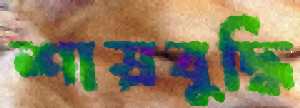
শাস্রবুদ্ধি